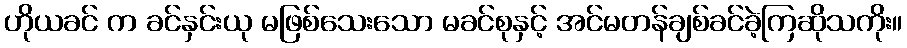
ဟိုယခင် က ခင်နှင်းယု မဖြစ်သေးသော မခင်စုနှင့် အင်မတန်ချစ်ခင်ခဲ့ကြဆိုသကိုး။